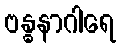
ဗန္ဓနာဂါရေ